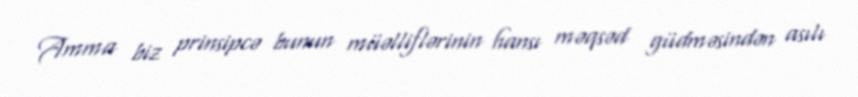
Amma biz prinsipcə bunun müəlliflərinin hansı məqsəd güdməsindən asılı